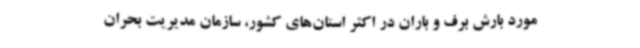
مورد بارش برف و باران در اکثر استان‌های کشور، سازمان مدیریت بحران